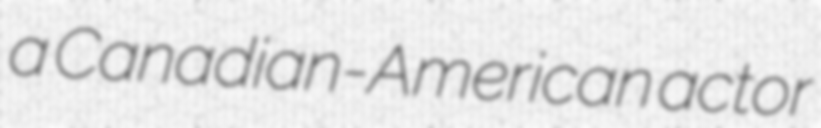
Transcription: a Canadian-American actor